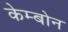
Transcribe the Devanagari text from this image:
केम्बोन